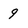
Character: 9